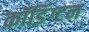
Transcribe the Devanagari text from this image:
कॉडिंग्टन